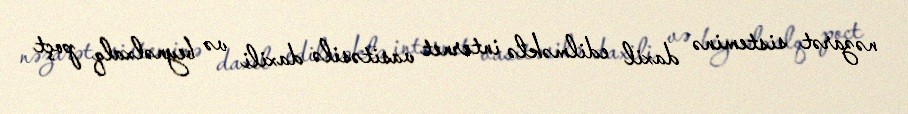
nəzarət sisteminə daxil edilməklə internet vasitəsilə daxili və beynəlxalq poçt